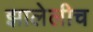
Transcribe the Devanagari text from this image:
झालेलीच